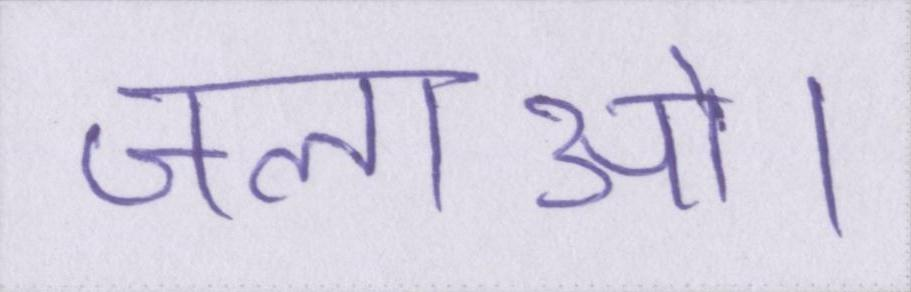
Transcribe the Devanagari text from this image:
जलाओ।